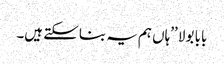
بابا بولا ’’ہاں ہم یہ بنا سکتے ہیں۔